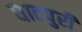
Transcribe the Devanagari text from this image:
घाटपुरी